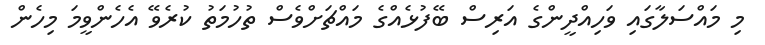
މި މައްސަލާގައި ވަހިއްދީންގެ އަރިސް ބޭފުޅެއްގެ މައްޗަށްވެސް ތުހުމަތު ކުރެވޭ އެހެންވީމަ މިހެން